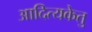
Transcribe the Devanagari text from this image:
आदित्यकेतु